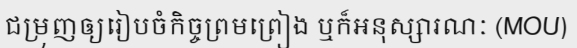
ជម្រុញឲ្យរៀបចំកិច្ចព្រមព្រៀង ឬក៏អនុស្សារណៈ (MOU)